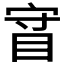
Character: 𰥡